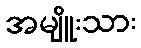
အမျိူးသား